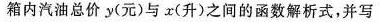
箱内汽油总价y(元)与r(升)之间的函数解析式，并写